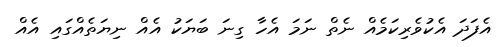
އެފަދަ އެކުވެރިކަމެއް ނެތް ނަމަ އެހާ ގިނަ ބަޔަކު އެއް ނިޔަތެއްގައި އެއް